Annual report of lunatic asylums [Bombay] - 1912-1922
Year: 1912
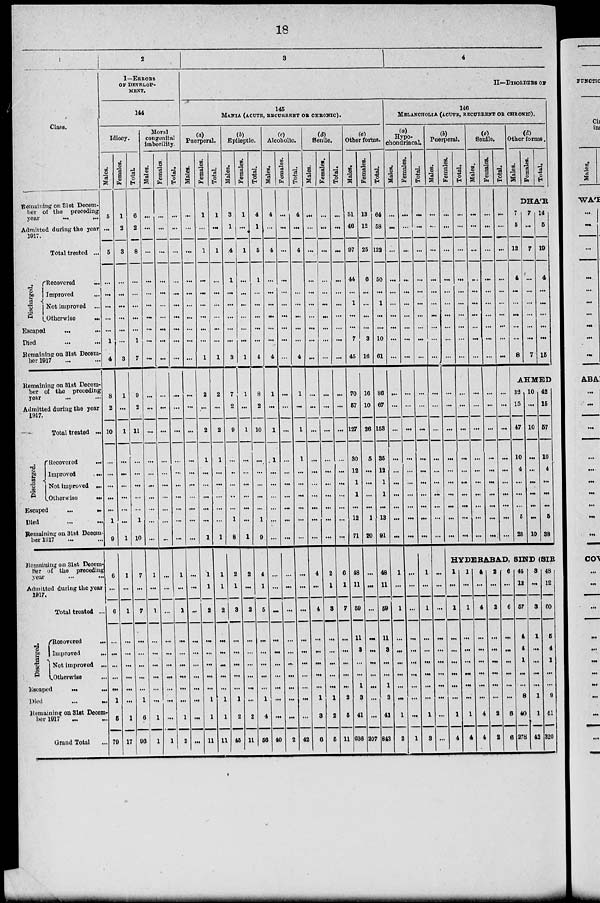
18
1
Class.
Remaining on 31st Decem-
ber of the preceding
year
...
...
Admitted during the year
1917.
Total treated ...
Discharged.
Recovered
...
Improved ...
Not improved ...
Otherwise
...
Escaped
...
...
Died ... ...
Remaining on 31st Decem¬
ber 1917 ... ...
Remaining on 31st Decem-
ber of the preceding
year ... ...
Admitted during the year
1917.
Total treated ...
Discharged.
Recovered
...
Improved ...
Not improved ...
Otherwise
...
Escaped
...
...
Died
...
...
Remaining on 3lst Decem-
ber 1917 ... ...
Remaining on 31st Decem¬
ber of the preceding
year ... ...
Admitted during the year
1917.
Total treated ...
Discharged.
Recovered ...
Improved
...
Not improved ...
Otherwise...
Escaped ... ...
Died
...
...
Remaining on 3lst December 1917 ... ...
Grand Total ...
2
I—ERRORS
OF DEVELOP¬
MENT.
144
Idiocy.
Males.
5
...
5
...
...
...
...
...
1
4
8
2
10
...
...
...
...
...
1
9
6
...
6
...
...
...
...
...
1
5
79
Females.
1
2
3
...
...
...
...
...
...
3
1
...
1
...
...
...
...
...
...
1
1
...
1
...
...
...
...
...
...
1
17
Total.
6
2
8
...
...
...
...
...
1
7
9
2
11
...
...
...
...
...
1
10
7
...
7
...
...
...
...
...
1
6
96
Moral
congenital
imbecility.
Males.
...
...
...
...
...
...
...
...
...
...
...
...
...
...
...
...
...
...
...
...
1
...
1
...
...
...
...
...
...
1
1
Females.
...
...
...
...
...
...
...
...
...
...
...
...
...
...
...
...
...
...
...
...
...
...
...
...
...
...
...
...
...
...
1
Total.
...
...
...
...
...
...
...
...
...
...
...
...
...
...
...
...
...
...
...
...
1
...
1
...
...
...
...
...
...
1
2
3
4
II—DISORDERS OF
146
MANIA (ACUTE, RECURRENT OF CHRONIC).
(a)
Puerperal.
Males.
...
...
...
...
...
...
...
...
...
...
...
...
...
...
...
...
...
...
...
...
...
...
...
...
...
...
...
...
...
...
...
Females,
1
...
1
...
...
...
...
...
...
1
2
...
2
1
...
...
...
...
...
1
1
1
2
...
...
...
...
...
1
1
11
Total.
1
...
1
...
...
...
...
...
...
1
2
...
2
1
...
...
...
...
...
1
1
1
2
...
...
...
...
...
1
1
11
(b)
Epileptic.
Males.
3
1
4
1
...
...
...
...
...
3
7
2
9
...
...
...
...
...
1
8
2
1
3
...
...
...
...
...
1
2
45
Females.
1
...
1
...
...
...
...
...
...
1
1
...
1
...
...
...
...
...
...
1
2
...
2
...
...
...
...
...
...
2
11
Total.
4
1
5
1
...
...
...
...
...
4
8
2
10
...
...
...
...
...
1
9
4
1
5
...
...
...
...
...
1
4
56
(c)
Alcoholic.
Males.
4
...
4
...
...
...
...
...
...
4
1
...
1
1
...
...
...
...
...
...
...
...
...
...
...
...
...
...
...
...
40
Females.
...
...
...
...
...
...
...
...
...
...
...
...
...
...
...
...
...
...
...
...
...
...
...
...
...
...
...
...
...
...
2
Total.
4
...
4
...
...
...
...
...
...
4
1
...
1
1
...
...
...
...
...
...
...
...
...
...
...
...
...
...
...
...
42
(d)
Senile.
Males.
...
...
...
...
...
...
...
...
...
...
...
...
...
...
...
...
...
...
...
...
4
...
4
...
...
...
...
...
1
3
6
Females.
...
...
...
...
...
...
...
...
...
...
...
...
...
...
...
...
...
...
...
...
2
1
3
...
...
...
...
...
1
2
5
Total.
...
...
...
...
...
...
...
...
...
...
...
...
...
...
...
...
...
...
...
6
1
7
...
...
...
...
...
2
5
11
(e)
Other forms.
Males.
51
46
97
44
...
1
...
...
7
45
70
57
127
30
12
1
1
...
12
71
48
11
59
11
3
...
...
1
3
41
636
Females.
13
12
25
6
...
...
...
...
3
16
16
10
26
5
...
...
...
...
1
20
...
...
...
...
...
...
...
...
...
...
207
Total.
64
58
122
50
...
1
...
...
10
61
86
67
153
35
12
1
1
...
13
91
48
11
59
11
3
...
...
1
3
41
843
146
MELANCHOLIA (ACUTE, RECURRENT OF CHRONIC).
(a)
Hypo-
chondriacal.
Males.
...
...
...
...
...
...
...
...
...
...
...
...
...
...
...
...
...
...
...
...
1
...
1
...
...
...
...
...
...
1
2
Females.
...
...
...
...
...
...
...
...
...
...
...
...
...
...
...
...
...
...
...
...
...
...
...
...
...
...
...
...
...
...
1
Total.
...
...
...
...
...
...
...
...
...
...
...
...
...
...
...
...
...
...
...
...
1
...
1
...
...
...
...
...
...
1
3
(b)
Puerperal.
Males.
...
...
...
...
...
...
...
...
...
...
...
...
...
...
...
...
...
...
...
...
...
...
...
...
...
...
...
...
...
...
Females.
...
...
...
...
...
...
...
...
...
...
...
...
...
...
...
...
...
...
...
...
Total.
...
...
...
...
...
...
...
...
...
...
...
...
...
...
...
...
...
...
...
...
(c)
Senile.
Males.
...
...
...
...
...
...
...
...
...
...
...
...
...
...
...
...
...
...
...
Females.
...
...
...
...
...
...
...
...
...
...
...
...
...
...
...
...
...
...
...
...
Total.
...
...
...
...
...
...
...
...
...
...
...
...
...
...
...
...
...
...
...
...
(d)
Other forms.
Males.
Females.
Total.
DHA'R
7
5
12
4
...
...
...
...
...
8
7
...
7
...
...
...
...
...
...
7
14
5
19
4
...
...
...
...
...
15
AHMED
32
15
47
10
4
...
...
...
5
28
10
...
10
...
...
...
...
...
...
10
42
15
57
10
4
...
...
...
5
38
HYDERABAD, SIND (SIR
1
...
1
...
...
...
...
...
...
1
4
1
...
1
...
...
...
...
...
...
1
4
4
...
4
...
...
...
...
...
...
4
4
2
...
2
...
...
...
...
...
...
2
2
6
...
6
...
...
...
...
...
...
6
6
45
12
57
4
4
1
...
...
8
40
278
3
...
3
1
...
...
...
...
1
1
42
48
12
60
5
4
1
...
...
9
41
320